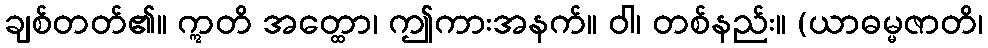
ချစ်တတ်၏။ ဣတိ အတ္ထော၊ ဤကားအနက်။ ဝါ၊ တစ်နည်း။ (ယာဓမ္မဇာတိ၊